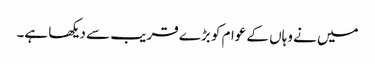
میں نے وہاں کے عوام کو بڑے قریب سے دیکھا ہے۔